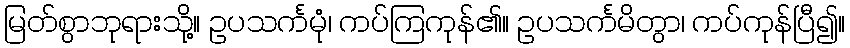
မြတ်စွာဘုရားသို့။ ဥပသင်္ကမုံ၊ ကပ်ကြကုန်၏။ ဥပသင်္ကမိတွာ၊ ကပ်ကုန်ပြီ၍။